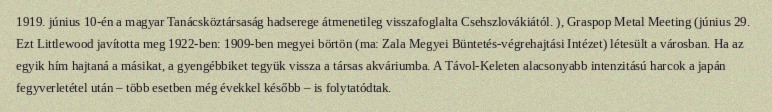
1919. június 10-én a magyar Tanácsköztársaság hadserege átmenetileg visszafoglalta Csehszlovákiától. ), Graspop Metal Meeting (június 29. Ezt Littlewood javította meg 1922-ben: 1909-ben megyei börtön (ma: Zala Megyei Büntetés-végrehajtási Intézet) létesült a városban. Ha az egyik hím hajtaná a másikat, a gyengébbiket tegyük vissza a társas akváriumba. A Távol-Keleten alacsonyabb intenzitású harcok a japán fegyverletétel után – több esetben még évekkel később – is folytatódtak.